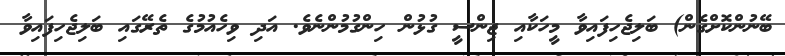
ބޭނުންކޮށްގެން) ބަލިޖެހިފައިވާ މީހަކާއި ޖިންސީ ގުޅުން ހިންގުމުންނެވެ. އަދި ވިހެއުމުގެ ތެރޭގައި ބަލިޖެހިފައިވާ